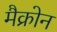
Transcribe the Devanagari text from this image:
मैक्रोन